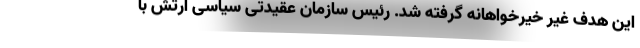
این هدف غیر خیرخواهانه گرفته شد. رئیس سازمان عقیدتی سیاسی ارتش با